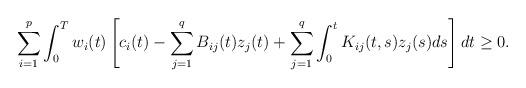
LaTeX: \begin{align*}{}\sum_{i=1}^{p}\int_{0}^{T}w_{i}(t)\left [c_{i}(t)-\sum_{j=1}^{q}B_{ij}(t)z_{j}(t)+\sum_{j=1}^{q}\int_{0}^{t} K_{ij}(t,s)z_{j}(s)ds\right ]dt\geq 0.\end{align*}